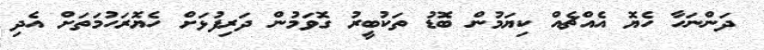
ދަންނަހާ ހެޔޮ އެއްޗެއް ކިޔަމުން ބޮޑު ތަކުބީރު ގޮވަމުން ދަރިފުޅަށް ހެޔޮރަހުމަތަށް އެދި